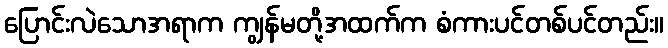
ပြောင်းလဲသောအရာက ကျွန်မတို့အထက်က စံကားပင်တစ်ပင်တည်း။